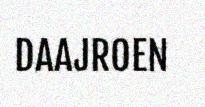
DAAJROEN